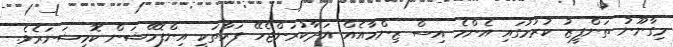
މިގާނޫނު ތަންފީޒު ކުރުމުގައި އެންމެ އިސް ޒިންމާއެއް އަދާކުރަންޖެހޭ ފަރާތަކީ އިންފޮމޭޝަން ކޮމިޝަނަރެވެ.